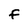
Character: F